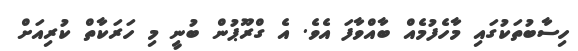
ހިސާބުތަކުގައި މާހެފުމެއް ބާއްވާފަ އެވެ. އެ ގްރޫޕުން ބުނީ މި ހަރަކާތް ކުރިއަށް